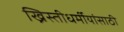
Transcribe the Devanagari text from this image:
ख्रिस्तीधर्मीयांसाठी